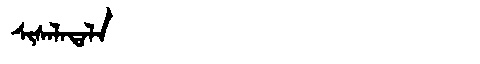
Manchu: ᠰᡳᠰᠠᠯᠠᡨᠠᠯᠠ
Romanization: SISALATALA